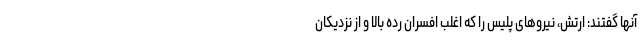
آنها گفتند: ارتش، نیروهای پلیس را که اغلب افسران رده بالا و از نزدیکان